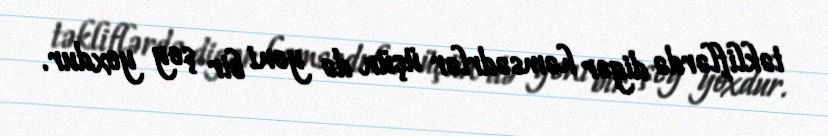
təkliflərdə digər həmsədrlər üçün də yeni bir şey yoxdur.